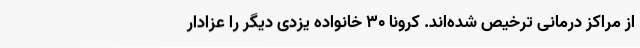
از مراکز درمانی ترخیص شده‌اند. کرونا 30 خانواده یزدی دیگر را عزادار